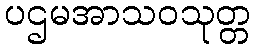
ပဌမအာသဝသုတ္တ